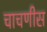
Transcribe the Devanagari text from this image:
चाचणीस